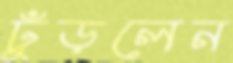
ঢুঁড়লেন